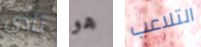
تأذى هو التلاعب